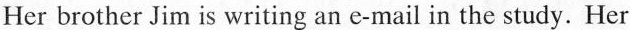
Her brother Jim is writing an e-mail in the study. Her